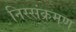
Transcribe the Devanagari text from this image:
निस्संक्रमण